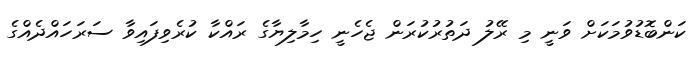
ކަންބޮޑުވުމަކަށް ވަނީ މި ރޭލު ދަތުރުކުރަން ޖެހެނީ ހިމާލިޔާގެ ރައްކާ ކުރެވިފައިވާ ސަރަހައްދެއްގެ